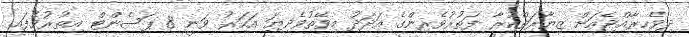
ދިވެހިރާއްޖެއަށް ޒިޔާރަތްކުރާ ފަތުރުވެރިންގެ އަދަދު މިވޭތުވެދިޔަ އަހަރު ވަނީ 8 ޕަސެންޓް އިތުރުވެފައި.